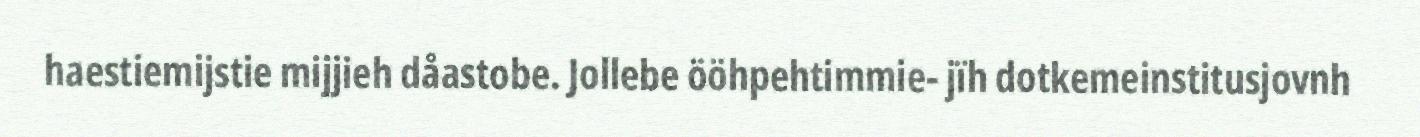
haestiemijstie mijjieh dåastobe. Jollebe ööhpehtimmie- jïh dotkemeinstitusjovnh